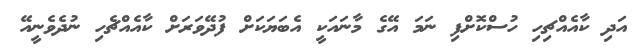
އަދި ކާއެއްޗިހި ހުސްކޮށްފި ނަމަ އޭގެ މާނައަކީ އެބަޔަކަށް ފުދޭވަރަށް ކާއެއްޗެހި ނުދެވެނީއޭ